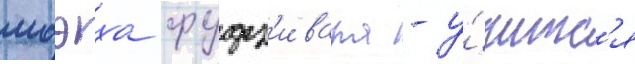
моэха фудз'ивара - у́читс'я